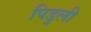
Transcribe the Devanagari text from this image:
पिडुली